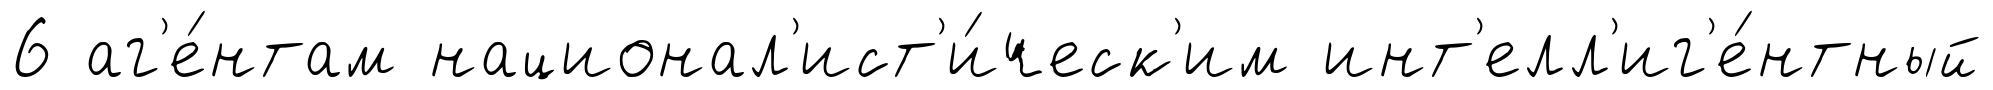
6 аг'е́нтам национал'ист'и́ческ'им инт'елл'иг'е́нтный